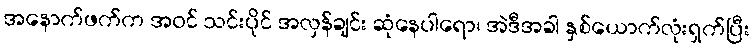
အနောက်ဖက်က အဝင် သင်းပိုင် အလှန်ချင်း ဆုံနေပါရော၊ အဲဒီအခါ နှစ်ယောက်လုံးရှက်ပြီး